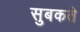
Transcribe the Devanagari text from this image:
सुबकते